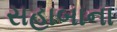
સહાબાના